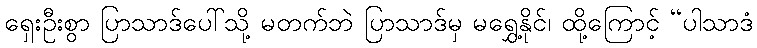
ရှေးဦးစွာ ပြာသာဒ်ပေါ်သို့ မတက်ဘဲ ပြာသာဒ်မှ မရွှေ့နိုင်၊ ထို့ကြောင့် “ပါသာဒံ